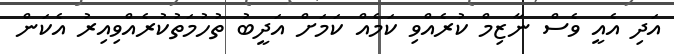
އަދި އެއީ ވެސް ނާޒިމް ކުރެއްވި ކަމެއް ކަމަށް އަދީބު ތުހުމަތުކުރެއްވިއިރު އެކަން